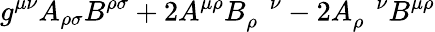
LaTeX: g^{\mu\nu}A_{\rho\sigma}B^{\rho\sigma}+2A^{\mu\rho}B_{\rho}^{\; \; \; \nu}-2A_{\rho}^{\; \; \; \nu}B^{\mu\rho}